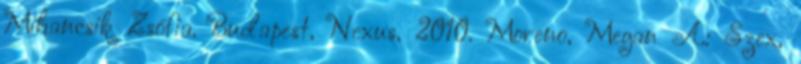
Mihancsik Zsófia. Budapest, Nexus, 2010. Moreno, Megan A.: Szex,